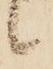
候